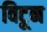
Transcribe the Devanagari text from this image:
विटून